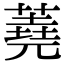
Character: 蕘